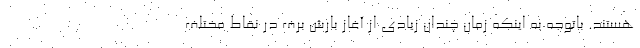
هستند. باتوجه به اینکه زمان چندان زیادی از آغاز بارش برف در نقاط مختلف